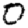
Digit: 0